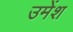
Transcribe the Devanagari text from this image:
उमेंश